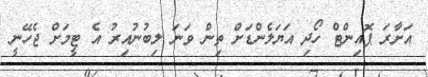
އަށާރަ ޕޮއިންޓް ހޯދި އަޔަލެންޑަށް ތިން ވަނަ ލިބުނުއިރު އެ ޓީމަށް ޖެހޭނީ